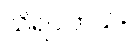
သိရပါတယ်။